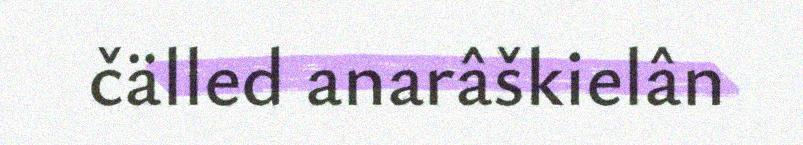
čälled anarâškielân